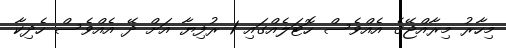
މިހާރު މިރާއްޖޭގެ އެއްވެސް ހޮޓަލެއްގައި 1 ރުފިޔާ އަށް ދޭ އެއްވެސް ހެދިކާ